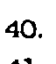
40.